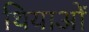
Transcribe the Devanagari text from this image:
थियाओं